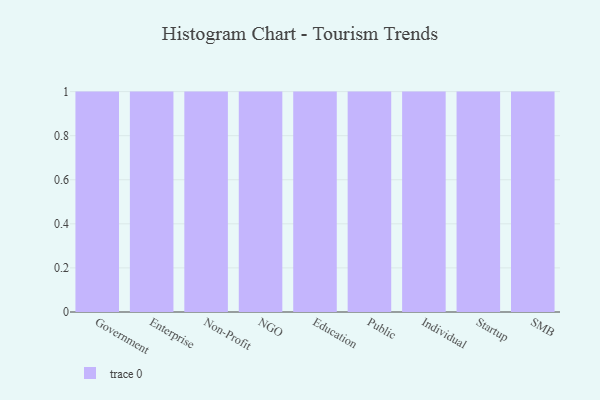
{"axis": {"x": "Segment", "y": "Backlog"}, "legend": [""], "data": [{"x": "Government", "y": 8, "type": ""}, {"x": "Enterprise", "y": 63, "type": ""}, {"x": "Non-Profit", "y": 16, "type": ""}, {"x": "NGO", "y": 38, "type": ""}, {"x": "Education", "y": 74, "type": ""}, {"x": "Public", "y": 36, "type": ""}, {"x": "Individual", "y": 16, "type": ""}, {"x": "Startup", "y": 45, "type": ""}, {"x": "SMB", "y": 41, "type": ""}]}